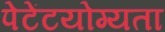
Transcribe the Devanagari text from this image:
पेटेंटयोग्यता